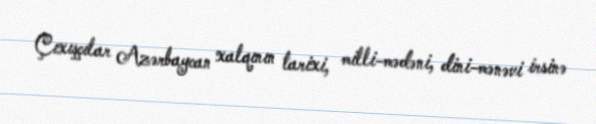
Çıxışçılar Azərbaycan xalqının tarixi, milli-mədəni, dini-mənəvi irsinə